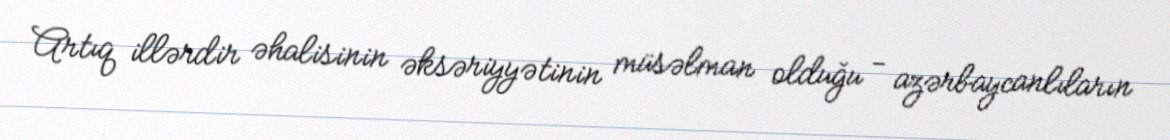
Artıq illərdir əhalisinin əksəriyyətinin müsəlman olduğu - azərbaycanlıların